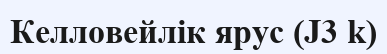
Келловейлік ярус (J3 k)